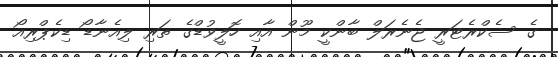
ގެ ސެކްރެޓަރީ ޖެނެރަލް ބާންކީ މޫން އާއި ހޮލީވުޑްގެ ތަރި ލިއެނާޑޯ ޑިކެޕްރިއޯ